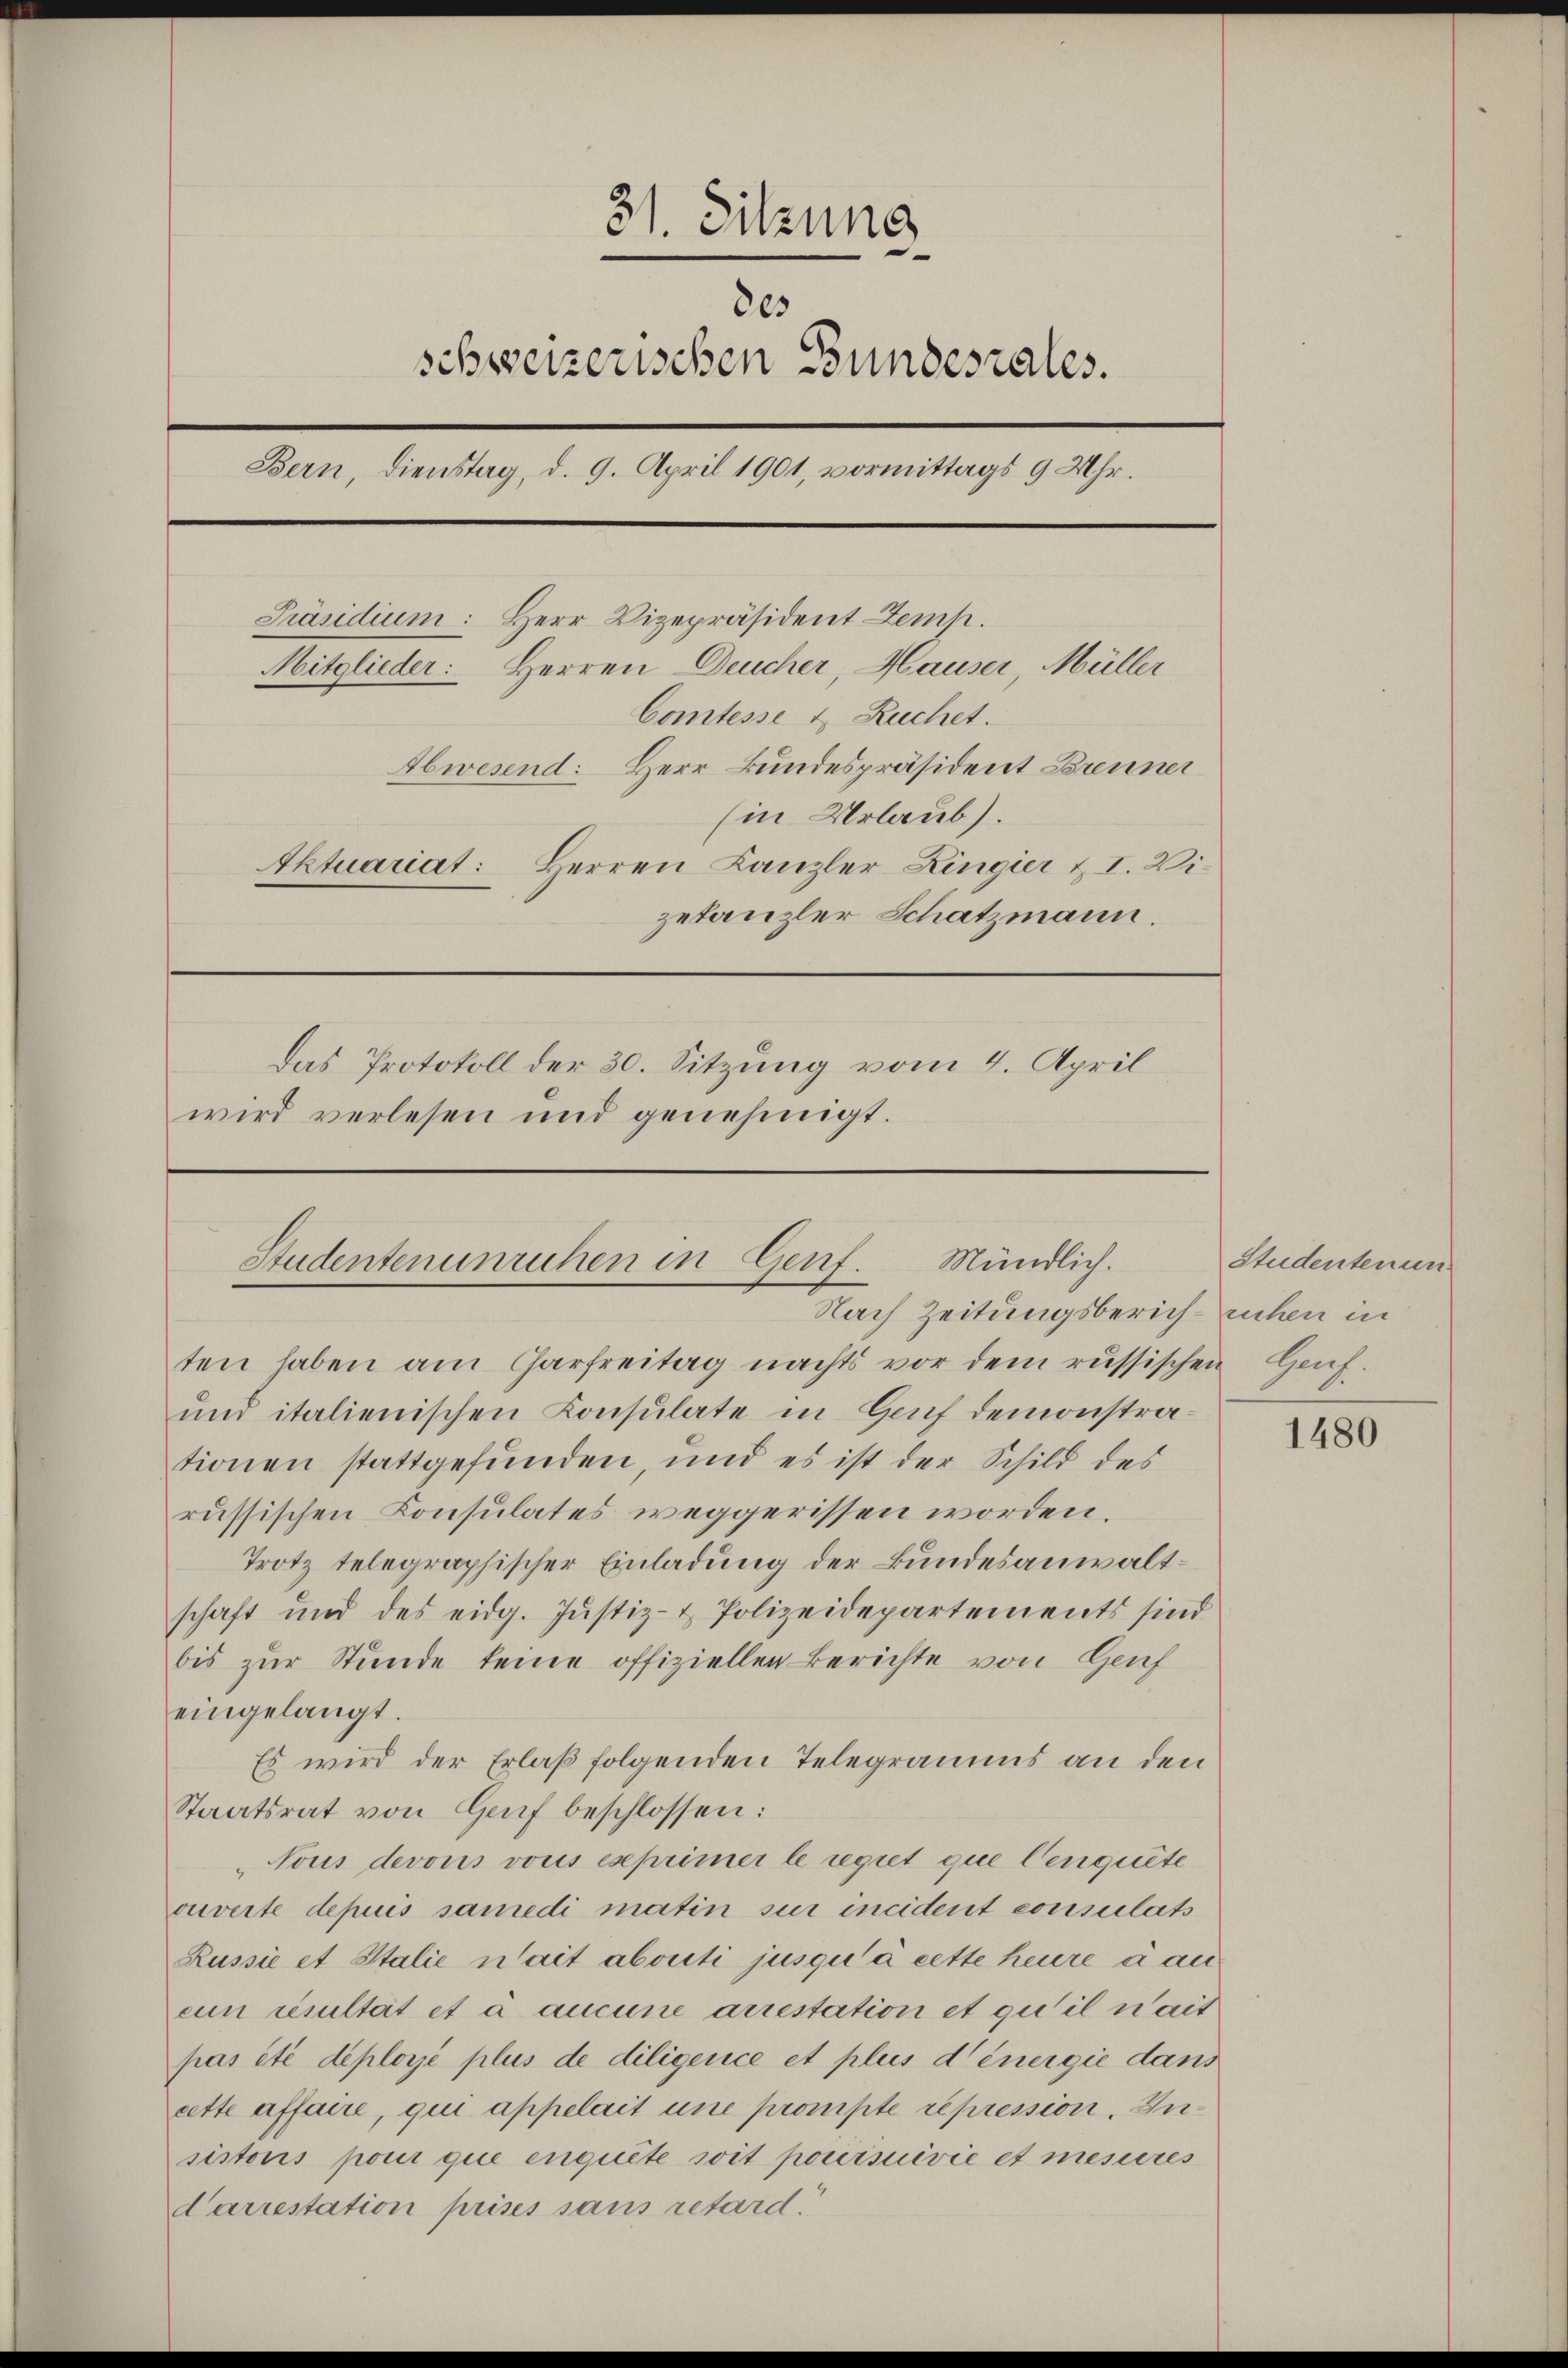
31. Sitzung
805
schweizerischen Bundesrates.
Bern, Dienstag, d. 9. April 1901, vormittags 9 Uhr.
Präsidium: Herr Vizepräsident Zemp.
Mitglieder: Herren Deucher, Hauser, Müller
Comtesse & Ruchet.
Abwesend: Herr Bundespräsident Brenner
(in Urlaub).
Aktuariat: Herren Kanzler Zingier u. I. Wi
zetanzler Schatzmann.
Das Protokoll der 30. Sitzung vom 4. April
wird verlesen und genehmigt.

Studentenunrichen in Genf. Mündlich.
Nach Zeitungsberich ruhen in

ten haben am Charfreitag nachts vor dem russischen Hanf¬
und italienischen Konsulate in Genf demonstrationen stattgefunden, und es ist der Schild des
russischen Konsulates weggerissen worden.
Trotz telegraphischer Einladung der Bundesanwaltschaft und des eidg. Justiz- & Polizeidepartements sind
bis zur Stunde keine offiziellen Berichte von Genf
eingelangt.
Es wird der Erlaß folgenden Telegramms an den
Staatsrat von Genf beschlossen:
Tous devous vous eseprimer le regiet que Cenquete
ouverte depuis samedi matin sur incident consulats
Russie et Stalie nait abouti jusqu’à cette heure à au
eun resultat et à aucune arrestation et qu’il n’ait
pas été déployé plus de diligence et plus denergie dans
cette affaire, qui appelait une prompte repression. Zusistoris pour que enquête soit poursuivie et mesures
Carrestation prises sans retard.

Studentenun

1480